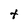
Character: t